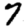
Digit: 7